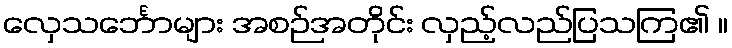
လှေသင်္ဘောများ အစဉ်အတိုင်း လှည့်လည်ပြသကြ၏ ။